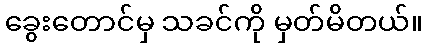
ခွေးတောင်မှ သခင်ကို မှတ်မိတယ်။